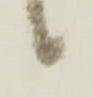
候